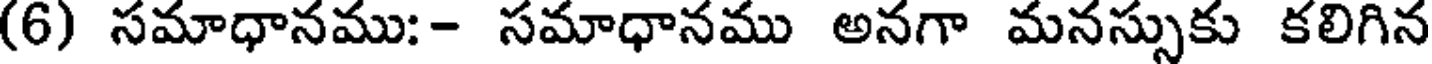
(6) సమాధానము:- సమాధానము అనగా మనస్సుకు కలిగిన